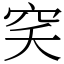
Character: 穾